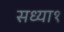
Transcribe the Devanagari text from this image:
सध्या१